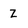
Character: Z